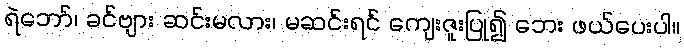
ရဲဘော်၊ ခင်ဗျား ဆင်းမလား၊ မဆင်းရင် ကျေးဇူးပြု၍ ဘေး ဖယ်ပေးပါ။